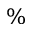
\%